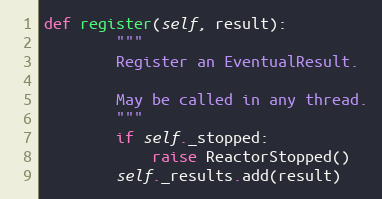
Language: Python
def register(self, result):
        """
        Register an EventualResult.

        May be called in any thread.
        """
        if self._stopped:
            raise ReactorStopped()
        self._results.add(result)